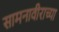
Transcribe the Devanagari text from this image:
सामनावीराच्या